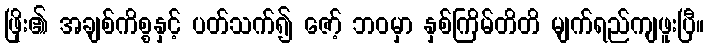
ဖြိုး၏ အချစ်ကိစ္စနှင့် ပတ်သက်၍ ဇော့် ဘဝမှာ နှစ်ကြိမ်တိတိ မျက်ရည်ကျဖူးပြီ။